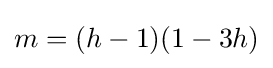
m=(h-1)(1-3h)